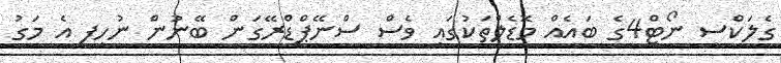
ގެލަކްސީ ނޯޓް4ގެ ބައެއް މޮޑެލްތަކުގައި ވެސް ސްނޭޕްޑްރޭގަން ބޭނުން ނުހިފީ އެ މަގު